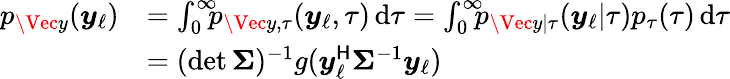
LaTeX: \begin{array}{rl}{p_{\Vec{y}}(\boldsymbol{y}_{\ell})}&{=\int_{0}^{\infty}\! \! \! p_{\Vec{y},\tau}(\boldsymbol{y}_{\ell},\tau)\, \mathrm{d}\tau=\int_{0}^{\infty}\! \! \! p_{\Vec{y}|\tau}(\boldsymbol{y}_{\ell}|\tau)p_{\tau}(\tau)\, \mathrm{d}\tau}\\ &{=(\operatorname*{det}\boldsymbol{\Sigma})^{-1}g(\boldsymbol{y}_{\ell}^{\sf H}\boldsymbol{\Sigma}^{-1}\boldsymbol{y}_{\ell})}\end{array}